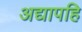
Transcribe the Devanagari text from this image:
अद्यापहि